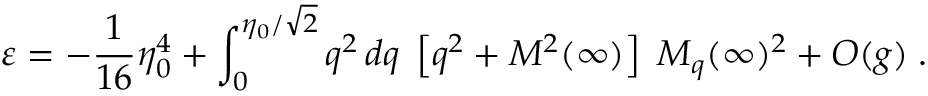
\varepsilon = - \frac 1 { 1 6 } \eta _ { 0 } ^ { 4 } + \int _ { 0 } ^ { \eta _ { 0 } / \sqrt 2 } q ^ { 2 } \, d q \; \left[ q ^ { 2 } + { \cal M } ^ { 2 } ( \infty ) \right] \; M _ { q } ( \infty ) ^ { 2 } + { \cal O } ( g ) \; .